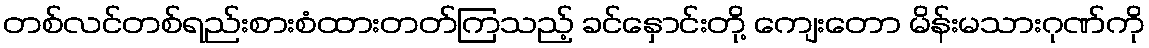
တစ်လင်တစ်ရည်းစားစံထားတတ်ကြသည့် ခင်နှောင်းတို့ ကျေးတော မိန်းမသားဂုဏ်ကို